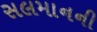
સલમાનની